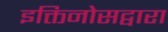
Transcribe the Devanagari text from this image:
इक्तिनोसद्वारा